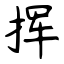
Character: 挥